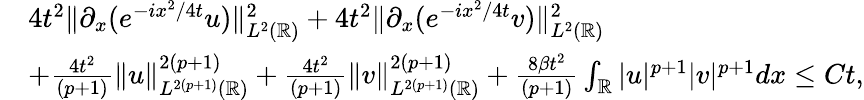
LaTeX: \begin{array}{rl}&{4t^{2}\| \partial_{x}(e^{-ix^{2}/4t}u)\| _{L^{2}(\mathbb{R})}^{2}+4t^{2}\| \partial_{x}(e^{-ix^{2}/4t}v)\| _{L^{2}(\mathbb{R})}^{2}}\\ &{+\frac{4t^{2}}{(p+1)}\| u\| _{L^{2(p+1)}(\mathbb{R})}^{2(p+1)}+\frac{4t^{2}}{(p+1)}\| v\| _{L^{2(p+1)}(\mathbb{R})}^{2(p+1)}+\frac{8\beta t^{2}}{(p+1)}\int_{\mathbb{R}}|u|^{p+1}|v|^{p+1}dx\leq Ct,}\end{array}